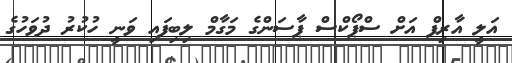
އަލީ އާރިފް އަށް ސްޕޯކްސް ޕާސަންގެ މަގާމް ލިބިފައި ވަނީ ހުކުރު ދުވަހުގެ